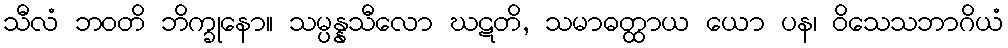
သီလံ ဘဝတိ ဘိက္ခုနော။ သမ္ပန္နသီလော ဃဋတိ, သမာဓတ္ထာယ ယော ပန၊ ဝိသေသဘာဂိယံ